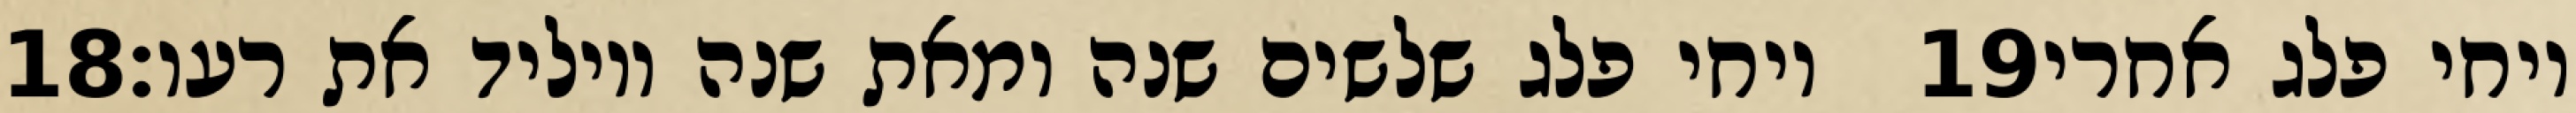
‎18‏ ויחי פלג שלשים שנה ומאת שנה ויוליד את רעו׃ ‎19‏ ויחי פלג אחרי